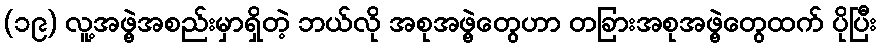
(၁၉) လူ့အဖွဲ့အစည်းမှာရှိတဲ့ ဘယ်လို အစုအဖွဲ့တွေဟာ တခြားအစုအဖွဲ့တွေထက် ပိုပြီး